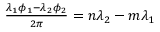
\begin{array} { r } { \frac { \lambda _ { 1 } \phi _ { 1 } - \lambda _ { 2 } \phi _ { 2 } } { 2 \pi } = n \lambda _ { 2 } - m \lambda _ { 1 } } \end{array}